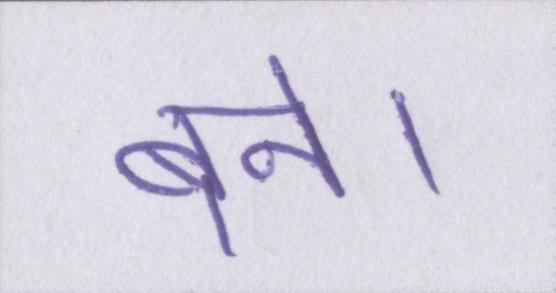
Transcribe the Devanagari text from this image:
बने।